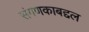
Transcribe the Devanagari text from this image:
संगणकाबद्दल